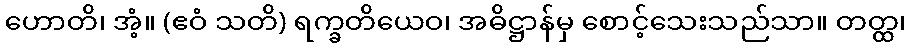
ဟောတိ၊ အံ့။ (ဧဝံ သတိ) ရက္ခတိယေဝ၊ အဓိဋ္ဌာန်မှ စောင့်သေးသည်သာ။ တတ္ထ၊